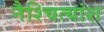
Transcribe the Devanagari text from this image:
नैश्चित्यांश